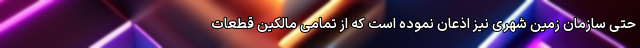
حتی سازمان زمین شهری نیز اذعان نموده است که از تمامی مالکین قطعات